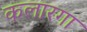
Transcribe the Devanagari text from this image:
कलारगा